Subject: eess
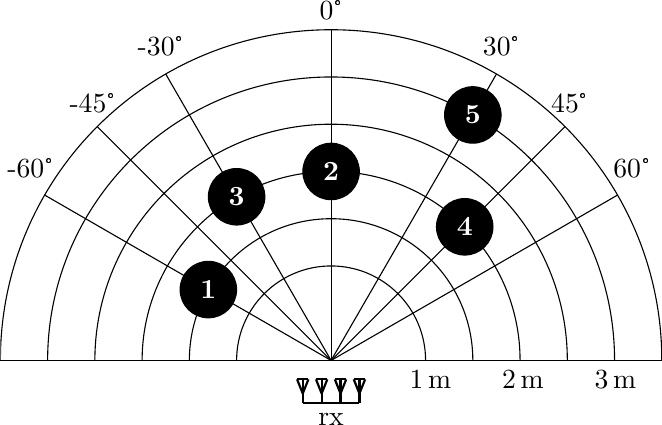
LaTeX code:
\begin{tikzpicture}[scale=1.2]

	\begin{scope}
		\clip (-3.5,0) rectangle (3.5,3.5);
		\draw (0,0) circle(1);
		\draw (0,0) circle(1.5);
		\draw (0,0) circle(2);
		\draw (0,0) circle(2.5);
		\draw (0,0) circle(3);
		\draw (0,0) circle(3.5);
	\end{scope}
	\draw (0,0) -- ( {3.5*sin(60)} , {3.5*cos(60)} ) node [pos=1.05, above] {60°};
	\draw (0,0) -- ( {3.5*sin(30)} , {3.5*cos(30)} ) node [pos=1.03, above] {30°};
	\draw (0,0) -- ( {3.5*sin(45)} , {3.5*cos(45)} ) node [pos=1.02, above] {45°};
	\draw (0,0) -- ( {3.5*sin(-45)} , {3.5*cos(-45)} ) node [pos=1.02, above] {-45°};
	\draw (0,0) -- ( {3.5*sin(-30)} , {3.5*cos(-30)} ) node [pos=1.03, above] {-30°};
	\draw (0,0) -- ( {3.5*sin(-60)} , {3.5*cos(-60)} ) node [pos=1.05, above] {-60°};
	\draw (0,0) -- ( {3.5*sin(0)} , {3.5*cos(0)} ) node [pos=1, above] {0°};
	\draw (-3.5,0) -- (3.5,0) node [pos=0.65, below] {1\,m} node [pos=0.79, below] {2\,m} node [pos=0.93, below] {3\,m};

	\foreach \o  in {-0.3,-0.1,0.1,0.3} {
		\draw[-, thick] (\o-0.06,-0.2) -- (\o+0.06,-0.2);
		\draw[-, thick] (\o-0.06,-0.2) -- (\o,-0.35);
		\draw[-, thick] (\o+0.06,-0.2) -- (\o,-0.35);
		\draw[-, thick] (\o,-0.2) -- (\o,-0.45);
	}
    \draw[-, thick] (-0.3,-0.45) -- node[below] {rx} (0.3,-0.45);

    \node[circle, draw, inner sep=0pt, minimum size = 20.4, fill, text=white] (d) at ({1.5*sin(-60)}, {1.5*cos(-60)}) {\textbf{1}};
    \node[circle, draw, inner sep=0pt, minimum size = 20.4, fill, text=white] (d) at ({2*sin(0)}, {2*cos(0)}) {\textbf{2}};
    \node[circle, draw, inner sep=0pt, minimum size = 20.4, fill, text=white] (d) at ({2*sin(-30)}, {2*cos(-30)}) {\textbf{3}};
    \node[circle, draw, inner sep=0pt, minimum size = 20.4, fill, text=white] (d) at ({2*sin(45)}, {2*cos(45)}) {\textbf{4}};
    \node[circle, draw, inner sep=0pt, minimum size = 20.4, fill, text=white] (d) at ({3*sin(30)}, {3*cos(30)}) {\textbf{5}};

\end{tikzpicture}